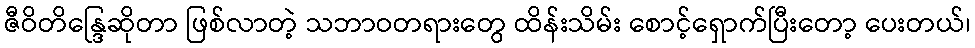
ဇီဝိတိန္ဒြေဆိုတာ ဖြစ်လာတဲ့ သဘာဝတရားတွေ ထိန်းသိမ်း စောင့်ရှောက်ပြီးတော့ ပေးတယ်၊